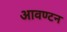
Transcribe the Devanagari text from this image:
आवण्टन